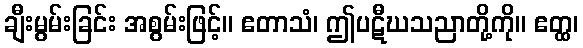
ချီးမွမ်းခြင်း အစွမ်းဖြင့်။ ဧတာသံ၊ ဤပဋီဃသညာတို့ကို။ ဧတ္ထ၊